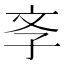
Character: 斈